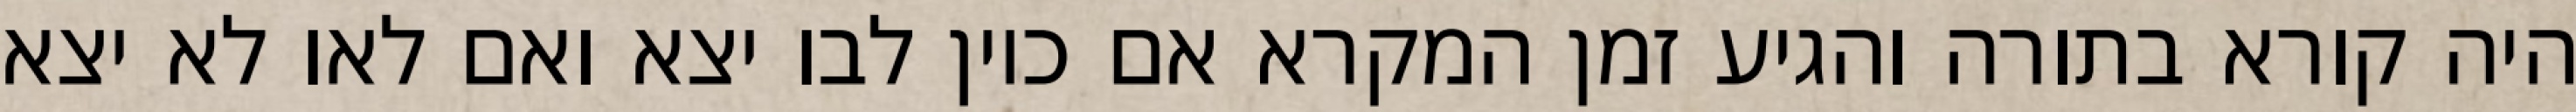
היה קורא בתורה והגיע זמן המקרא אם כיון לבו יצא ואם לאו לא יצא